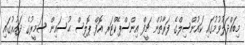
މިބައްދަލުވުމުގައި ކައުންސިލްގެ ފަރާތުން ޗީފް އިންސްޕެކްޓަރ އޮފް ޕޮލިސް ޙުސައިން ސަމީރުގެ ދައުރުގައި